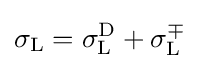
\sigma _{\text{L}}=\sigma _{\text{L}}^{\text{D}}+\sigma _{\text{L}}^{\mp }